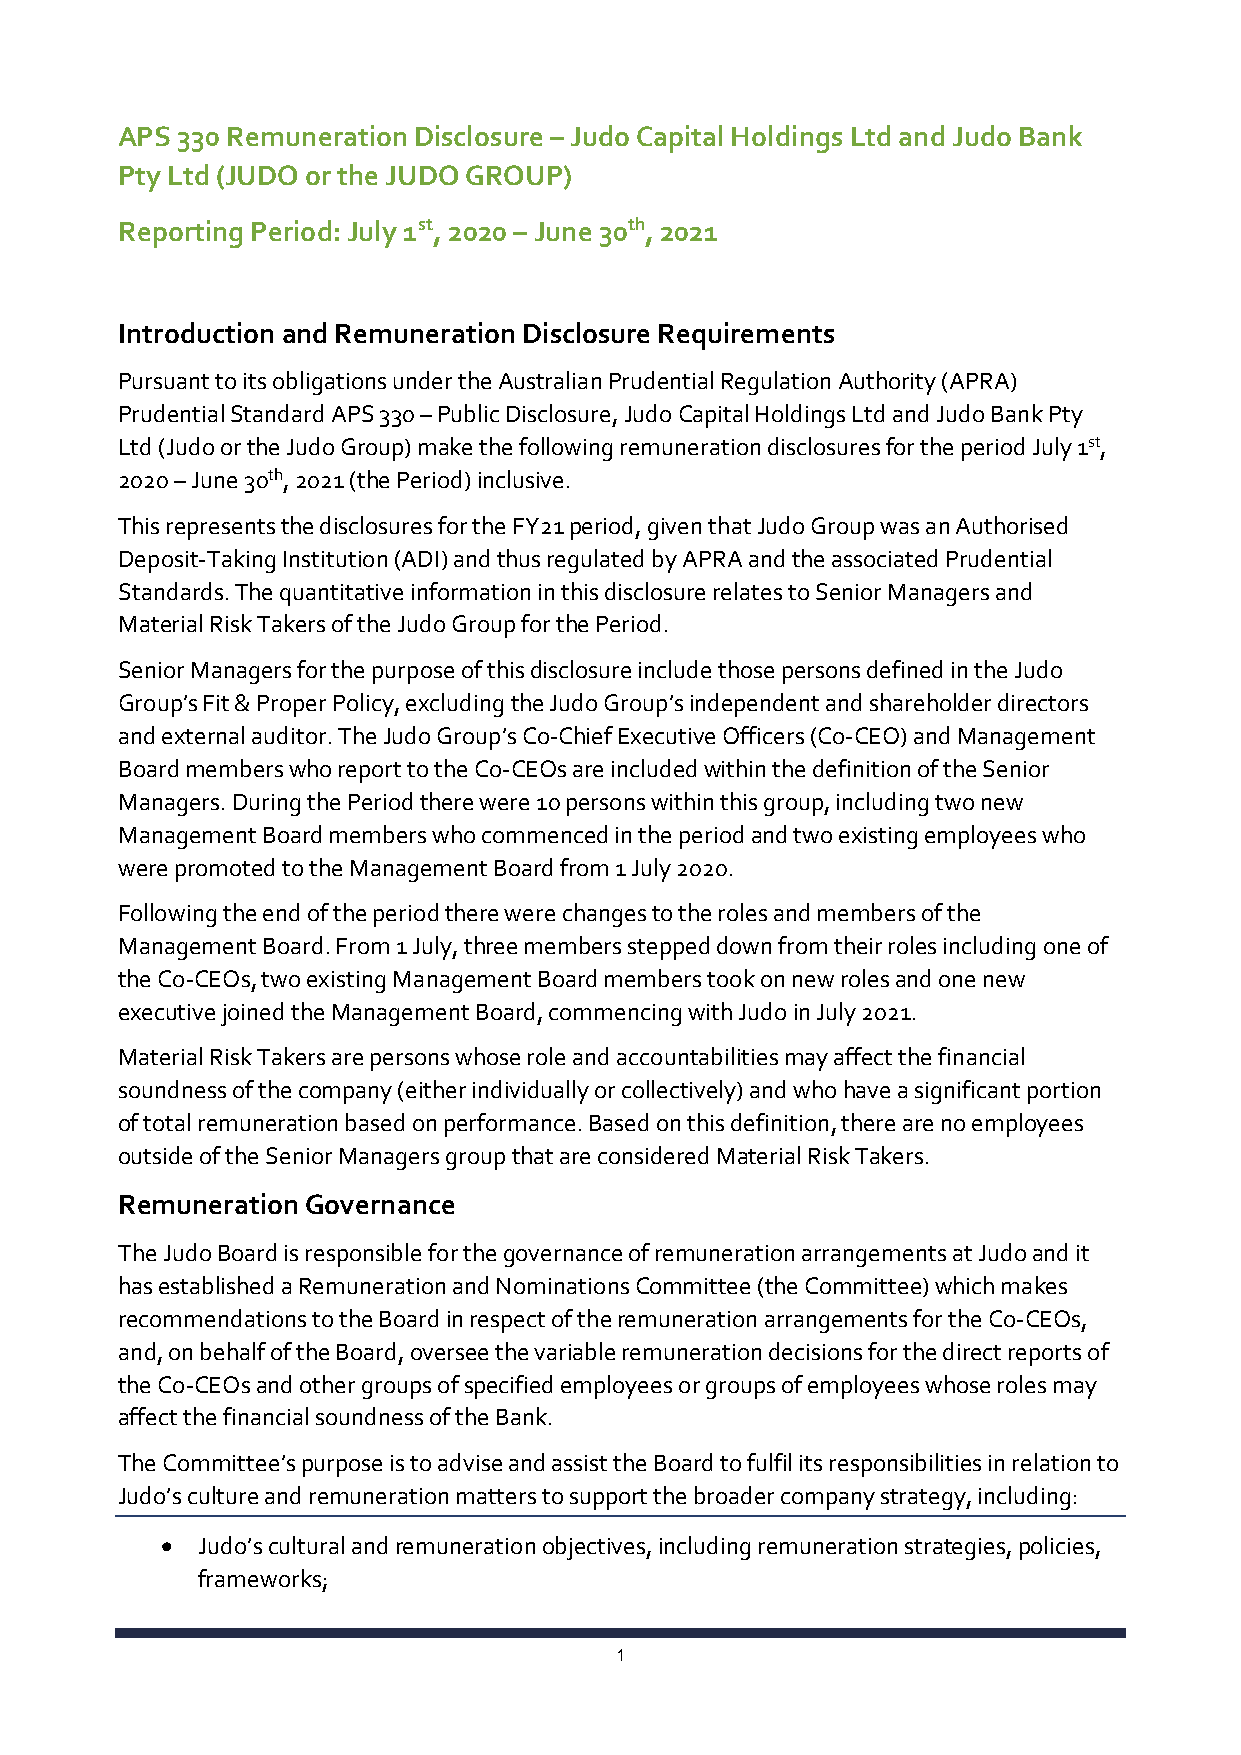
APS 330 Remuneration Disclosure – Judo Capital Holdings Ltd and Judo Bank
 Pty Ltd (JUDO or the JUDO GROUP)
 Reporting Period: July 1st, 2020 – June 30th, 2021
 Introduction and Remuneration Disclosure Requirements
 Pursuant to its obligations under the Australian Prudential Regulation Authority (APRA)
 Prudential Standard APS 330 – Public Disclosure, Judo Capital Holdings Ltd and Judo Bank Pty
 Ltd (Judo or the Judo Group) make the following remuneration disclosures for the period July 1st,
 2020 – June 30th, 2021 (the Period) inclusive.
 This represents the disclosures for the FY21 period, given that Judo Group was an Authorised
 Deposit-Taking Institution (ADI) and thus regulated by APRA and the associated Prudential
 Standards. The quantitative information in this disclosure relates to Senior Managers and
 Material Risk Takers of the Judo Group for the Period.
 Senior Managers for the purpose of this disclosure include those persons defined in the Judo
 Group’s Fit & Proper Policy, excluding the Judo Group’s independent and shareholder directors
 and external auditor. The Judo Group’s Co-Chief Executive Officers (Co-CEO) and Management
 Board members who report to the Co-CEOs are included within the definition of the Senior
 Managers. During the Period there were 10 persons within this group, including two new
 Management Board members who commenced in the period and two existing employees who
 were promoted to the Management Board from 1 July 2020.
 Following the end of the period there were changes to the roles and members of the
 Management Board. From 1 July, three members stepped down from their roles including one of
 the Co-CEOs, two existing Management Board members took on new roles and one new
 executive joined the Management Board, commencing with Judo in July 2021.
 Material Risk Takers are persons whose role and accountabilities may affect the financial
 soundness of the company (either individually or collectively) and who have a significant portion
 of total remuneration based on performance. Based on this definition, there are no employees
 outside of the Senior Managers group that are considered Material Risk Takers.
 Remuneration Governance
 The Judo Board is responsible for the governance of remuneration arrangements at Judo and it
 has established a Remuneration and Nominations Committee (the Committee) which makes
 recommendations to the Board in respect of the remuneration arrangements for the Co-CEOs,
 and, on behalf of the Board, oversee the variable remuneration decisions for the direct reports of
 the Co-CEOs and other groups of specified employees or groups of employees whose roles may
 affect the financial soundness of the Bank.
 The Committee’s purpose is to advise and assist the Board to fulfil its responsibilities in relation to
 Judo’s culture and remuneration matters to support the broader company strategy, including:
 • Judo’s cultural and remuneration objectives, including remuneration strategies, policies,
 frameworks;
 1